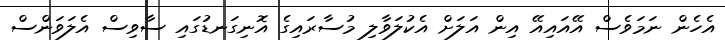
އެހެން ނަމަވެސް އޭއައިއޭ އިން އަލަށް އެކުލަވާލި މުސާރައިގެ އޮނިގަނޑުގައި ސާވިސް އެލަވަންސް